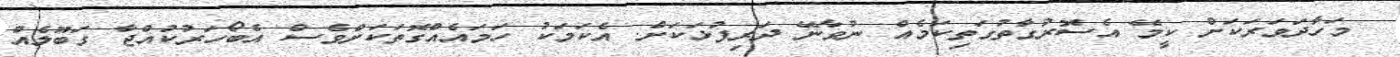
މަހާދަވަރަކަށް ކީމޭ އެސޮރުގާތުގަތިކަމެއް ނުވާނޭ ދަރިފުޅަކަށް. އެކަމަކު ހަމައެއްގޮތަކަށްވެސް އެބޯހަރުކުއްޖާ ގަބޫލެއް